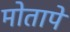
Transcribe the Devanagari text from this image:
मोतापे